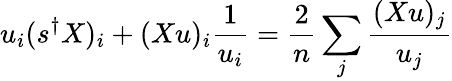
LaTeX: u_{i}(s^{\dagger}X)_{i}+(Xu)_{i}\frac{1}{u_{i}}=\frac{2}{n}\sum_{j}\frac{(Xu)_{j}}{u_{j}}